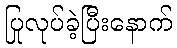
ပြုလုပ်ခဲ့ပြီးနောက်